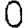
Digit: 0